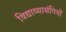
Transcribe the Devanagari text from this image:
विद्याव्यासंगियों